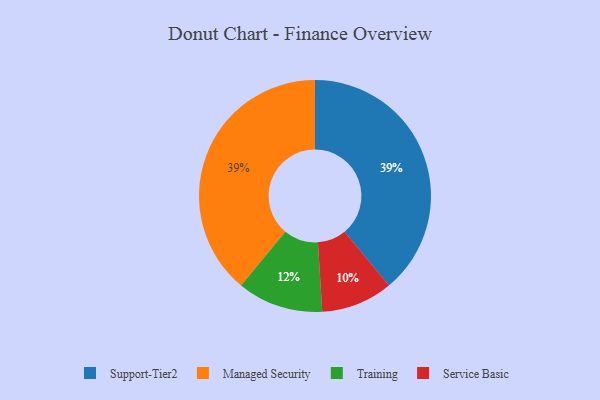
{"axis": {"x": "Category", "y": "Percentage"}, "legend": ["Managed Security", "Service Basic", "Support-Tier2", "Training"], "data": [{"x": "Support-Tier2", "y": 39, "type": "Support-Tier2"}, {"x": "Managed Security", "y": 39, "type": "Managed Security"}, {"x": "Service Basic", "y": 10, "type": "Service Basic"}, {"x": "Training", "y": 12, "type": "Training"}]}